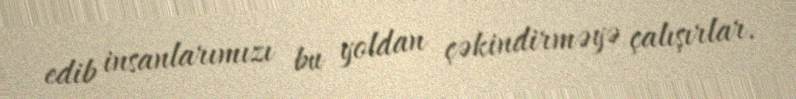
edib insanlarımızı bu yoldan çəkindirməyə çalışırlar.